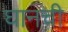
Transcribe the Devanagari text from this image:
घानची